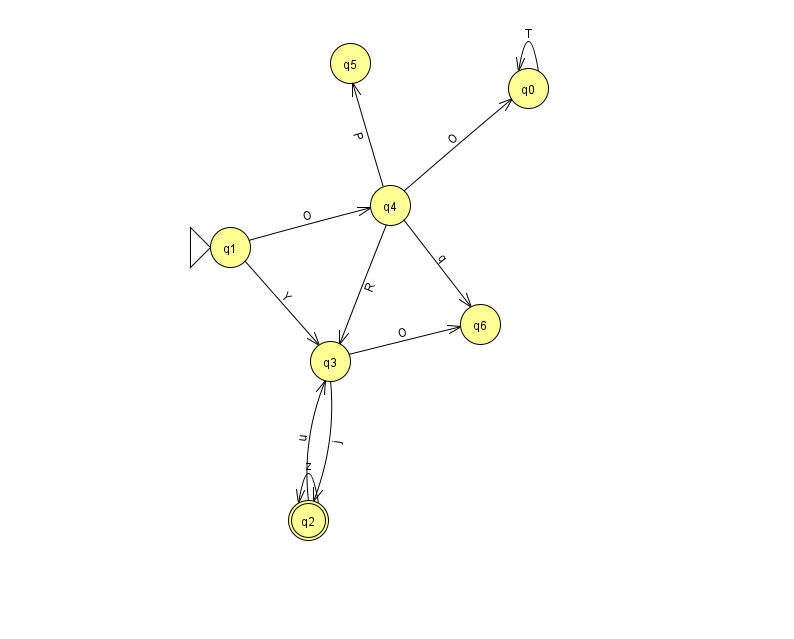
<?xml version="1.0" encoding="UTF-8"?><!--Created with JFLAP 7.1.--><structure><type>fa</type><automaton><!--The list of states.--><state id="0" name="q0"><x>528.0</x><y>75.0</y></state><state id="1" name="q1"><x>230.0</x><y>234.0</y><initial/></state><state id="2" name="q2"><x>308.0</x><y>507.0</y><final/></state><state id="3" name="q3"><x>330.0</x><y>348.0</y></state><state id="4" name="q4"><x>390.0</x><y>192.0</y></state><state id="5" name="q5"><x>350.0</x><y>50.0</y></state><state id="6" name="q6"><x>480.0</x><y>311.0</y></state><!--The list of transitions.--><transition><from>4</from><to>0</to><read>O</read></transition><transition><from>3</from><to>2</to><read>j</read></transition><transition><from>4</from><to>3</to><read>R</read></transition><transition><from>0</from><to>0</to><read>T</read></transition><transition><from>3</from><to>6</to><read>O</read></transition><transition><from>1</from><to>3</to><read>Y</read></transition><transition><from>2</from><to>2</to><read>z</read></transition><transition><from>4</from><to>6</to><read>q</read></transition><transition><from>4</from><to>5</to><read>P</read></transition><transition><from>1</from><to>4</to><read>O</read></transition><transition><from>2</from><to>3</to><read>u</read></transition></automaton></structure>